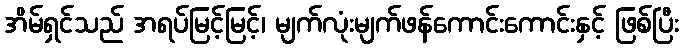
အိမ်ရှင်သည် အရပ်မြင့်မြင့်၊ မျက်လုံးမျက်ဖန်ကောင်းကောင်းနှင့် ဖြစ်ပြီး